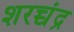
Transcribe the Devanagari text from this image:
शरच्चंंद्र